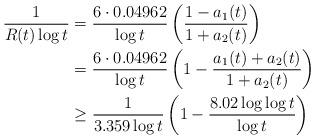
LaTeX: \begin{align*} \frac{1}{R(t)\log t}&=\frac{6\cdot 0.04962}{\log t}\left(\frac{1-a_1(t)}{1+a_2(t)}\right)\\ &=\frac{6\cdot 0.04962}{\log t}\left(1-\frac{a_1(t)+a_2(t)}{1+a_2(t)}\right)\\ &\geq\frac{1}{3.359\log t}\left(1-\frac{8.02\log\log t}{\log t}\right)\end{align*}